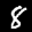
Label: 8